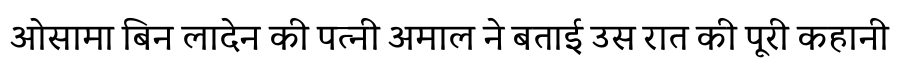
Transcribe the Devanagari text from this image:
ओसामा बिन लादेन की पत्नी अमाल ने बताई उस रात की पूरी कहानी